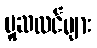
မူဆလင်များ